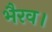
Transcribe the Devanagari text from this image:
भैरव।